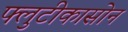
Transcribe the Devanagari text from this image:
फ्लुटीकासोन